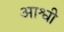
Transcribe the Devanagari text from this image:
आश्वी